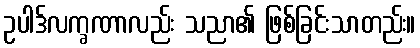
ဥပါဒ်လက္ခဏာလည်း သညာ၏ ဖြစ်ခြင်းသာတည်း။